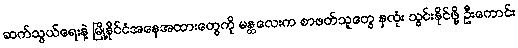
ဆက်သွယ်ရေးနဲ့ မြို့နိုင်ငံအနေအထားတွေကို မန္တလေးက စာဖတ်သူတွေ နှလုံး သွင်းနိုင်ဖို့ ဦးကောင်း